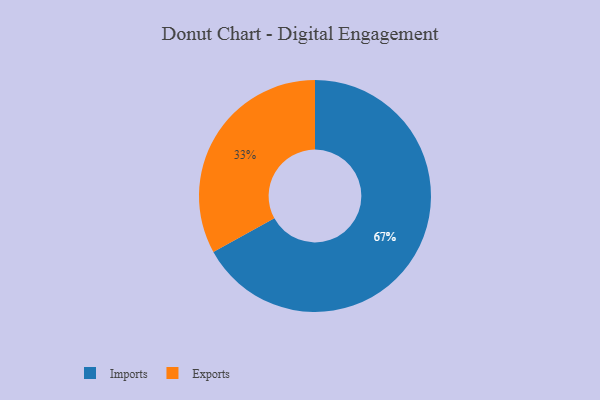
{"axis": {"x": "Category", "y": "Percentage"}, "legend": ["Exports", "Imports"], "data": [{"x": "Imports", "y": 67, "type": "Imports"}, {"x": "Exports", "y": 33, "type": "Exports"}]}